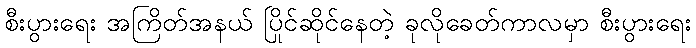
စီးပွားရေး အကြိတ်အနယ် ပြိုင်ဆိုင်နေတဲ့ ခုလိုခေတ်ကာလမှာ စီးပွားရေး